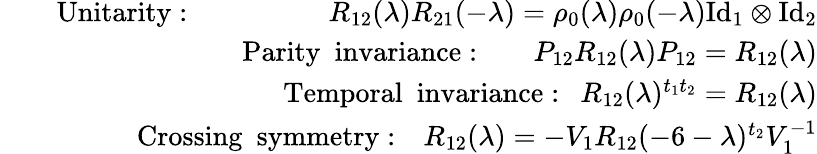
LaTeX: \begin{array}{rlr}&{}&{\mathrm{Unitarity:}~~~~~~~~~~~~~~~~~~~~R_{12}(\lambda)R_{21}(-\lambda)=\rho_{0}(\lambda)\rho_{0}(-\lambda)\mathrm{Id}_{1}\otimes\mathrm{Id}_{2}}\\ &{}&{\mathrm{Parity~~invariance:}~~~~~~~~P_{12}R_{12}(\lambda)P_{12}=R_{12}(\lambda)}\\ &{}&{\mathrm{Temporal~~invariance:}~~~R_{12}(\lambda)^{t_{1}t_{2}}=R_{12}(\lambda)}\\ &{}&{\mathrm{Crossing~~symmetry:}~~~~R_{12}(\lambda)=-V_{1}R_{12}(-6-\lambda)^{t_{2}}V_{1}^{-1}}\end{array}